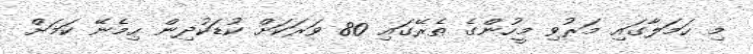
މި ހަމަލާގައި މަރުވި މީހުންގެ ތެރޭގައި 80 ވަރަކަށް ކުޑަކުދިން ހިމެނޭ ކަމަށް